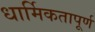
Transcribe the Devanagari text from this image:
धार्मिकतापूर्ण